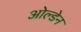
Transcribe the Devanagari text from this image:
ओल्डेन